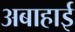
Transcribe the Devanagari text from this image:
अबाहाई